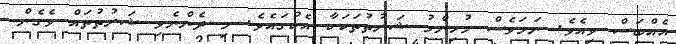
އެއްބަސް ވިއެވެ. ނަމަވެސް މުހިންމު ޝަރުތުތަކަކާ އެކުގައެވެ. މި ދެންނެވި ޝަރުތުތައް ވެގެން